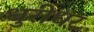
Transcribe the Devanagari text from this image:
धुरीधर